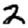
Digit: 2